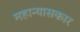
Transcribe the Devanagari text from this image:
महान्यासकार